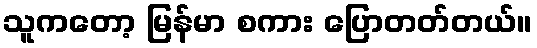
သူကတော့ မြန်မာ စကား ပြောတတ်တယ်။